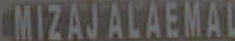
CMIZAJALAEMAL